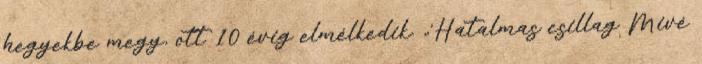
hegyekbe megy, ott 10 évig elmélkedik. „’Hatalmas csillag Mivé